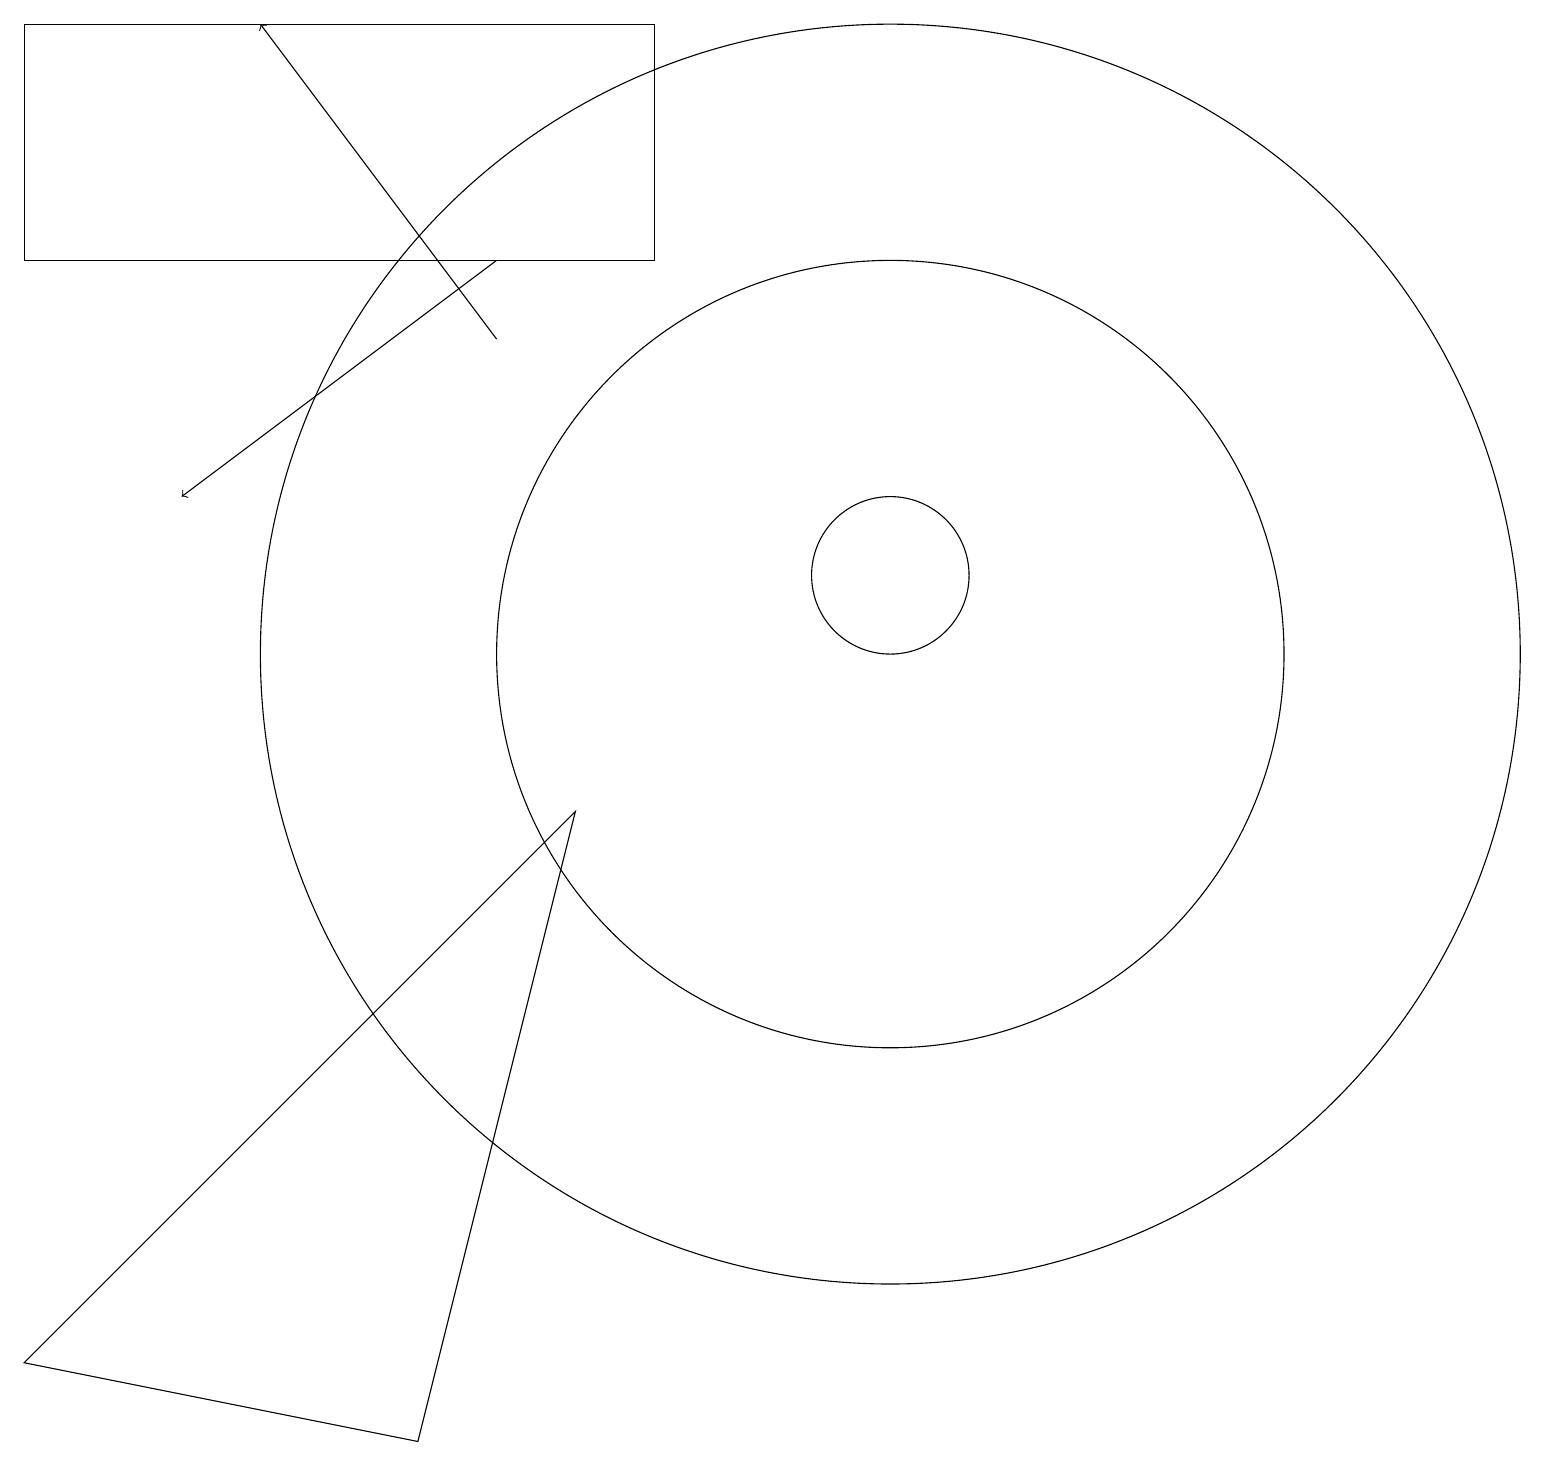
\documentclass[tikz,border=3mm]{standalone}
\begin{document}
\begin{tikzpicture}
\draw (11,11) circle (1);
\draw (11,10) circle (5);
\draw (11,10) circle (8);
\draw[->] (6,14) -- (3,18);
\draw (0,1) -- (7,8) -- (5,0) -- cycle;
\draw[->] (6,15) -- (2,12);
\draw (8,18) rectangle (0,15);
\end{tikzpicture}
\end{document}